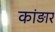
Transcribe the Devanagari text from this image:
कांड़ार